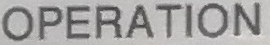
OPERATION